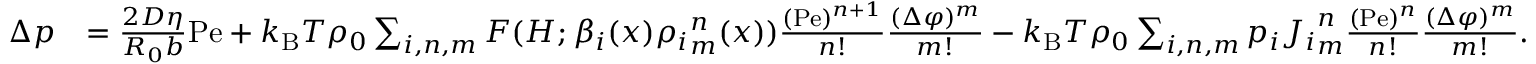
\begin{array} { r l } { \Delta p } & { = \frac { 2 D \eta } { R _ { 0 } b } \mathrm { P e } + k _ { \mathrm { B } } T \rho _ { 0 } \sum _ { i , n , m } F ( H ; \beta _ { i } ( x ) { \rho _ { i } } _ { m } ^ { n } ( x ) ) \frac { ( \mathrm { P e } ) ^ { n + 1 } } { n ! } \frac { ( \Delta \varphi ) ^ { m } } { m ! } - k _ { \mathrm { B } } T \rho _ { 0 } \sum _ { i , n , m } p _ { i } { J _ { i } } _ { m } ^ { n } \frac { ( \mathrm { P e } ) ^ { n } } { n ! } \frac { ( \Delta \varphi ) ^ { m } } { m ! } . } \end{array}